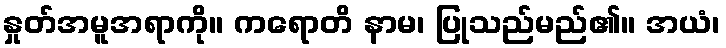
နှုတ်အမူအရာကို။ ကရောတိ နာမ၊ ပြုသည်မည်၏။ အယံ၊